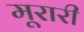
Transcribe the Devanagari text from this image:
मूरारी